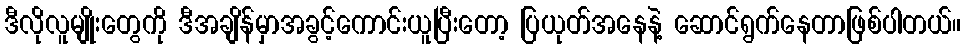
ဒီလိုလူမျိုးတွေကို ဒီအချိန်မှာအခွင့်ကောင်းယူပြီးတော့ ပြယုတ်အနေနဲ့ ဆောင်ရွက်နေတာဖြစ်ပါတယ်။